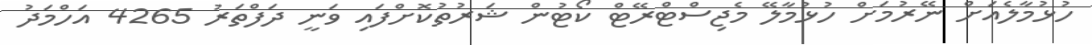
ހުޅުމާލެއަށް ނޭރުމަށް ހުޅުމާލޭ މެޖިސްޓްރޭޓް ކޯޓުން ޝަރުތުކޮށްފައި ވަނީ ދަފްތަރު 4265 އަހްމަދު